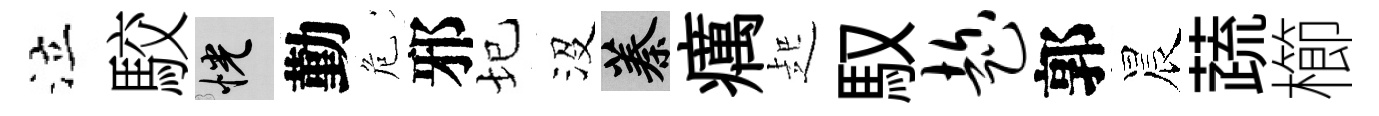
泣駮恍勤危邪圮沒蓁癘起馭趁郭晨蔬櫛